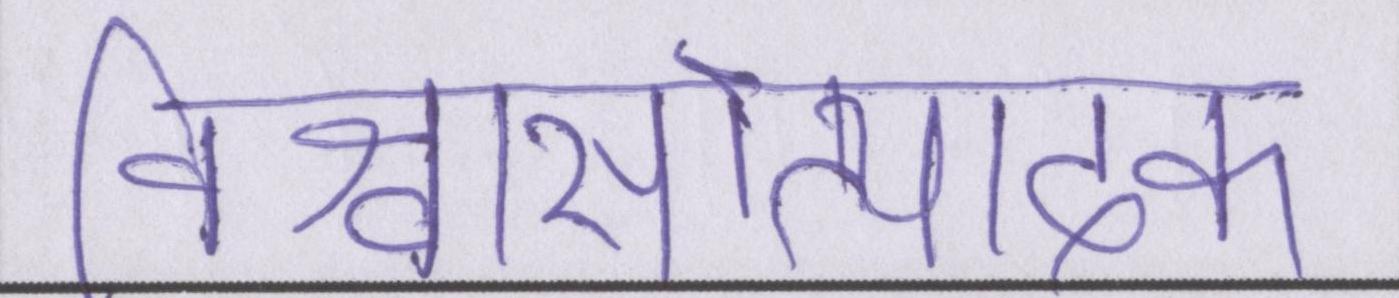
विश्वासोत्पादक